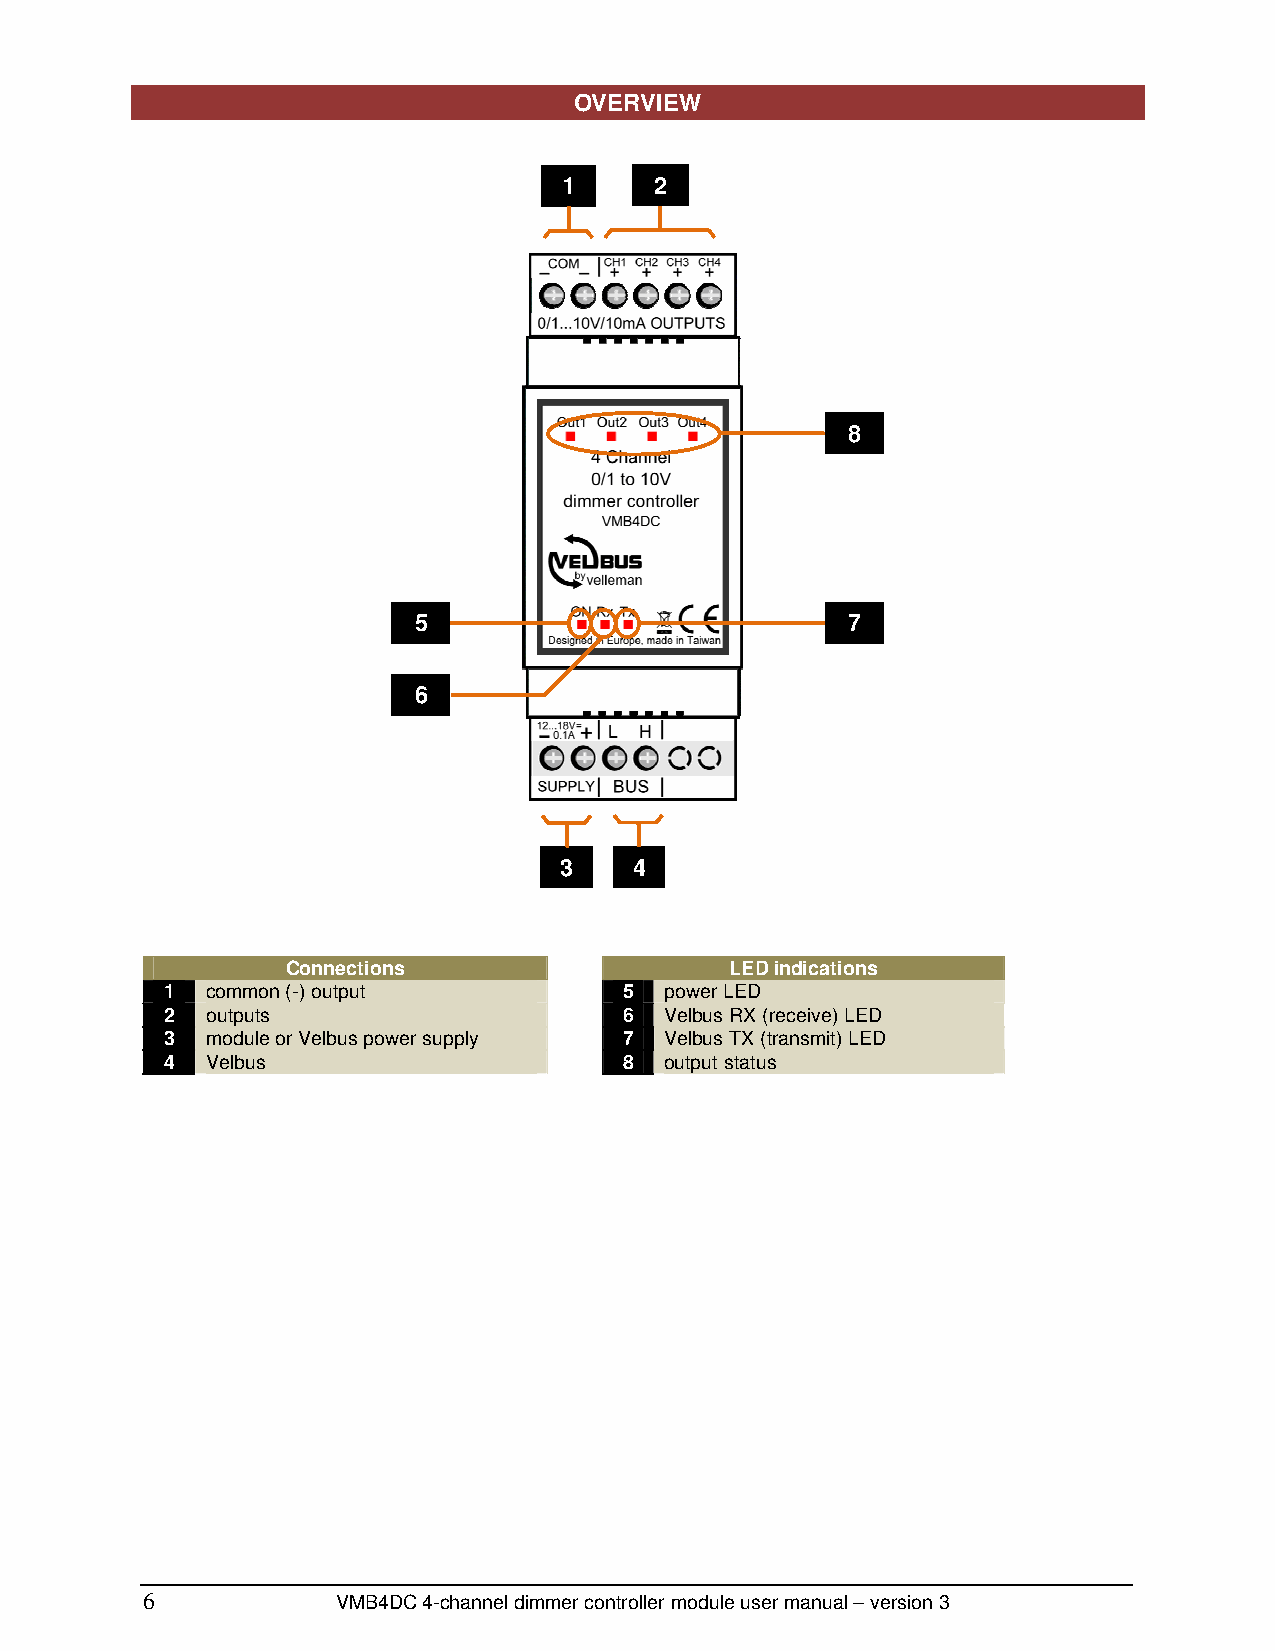
OVERVIEW
 1     2
 8
 5                            7
 6
 3    4
 Connections                  LED indications
 1  common (-) output          5  power LED
 2  outputs                    6  Velbus RX (receive) LED
 3  module or Velbus power supply 7 Velbus TX (transmit) LED
 4  Velbus                     8  output status
 6
 VMB4DC 4-channel dimmer controller module user manual – version 3